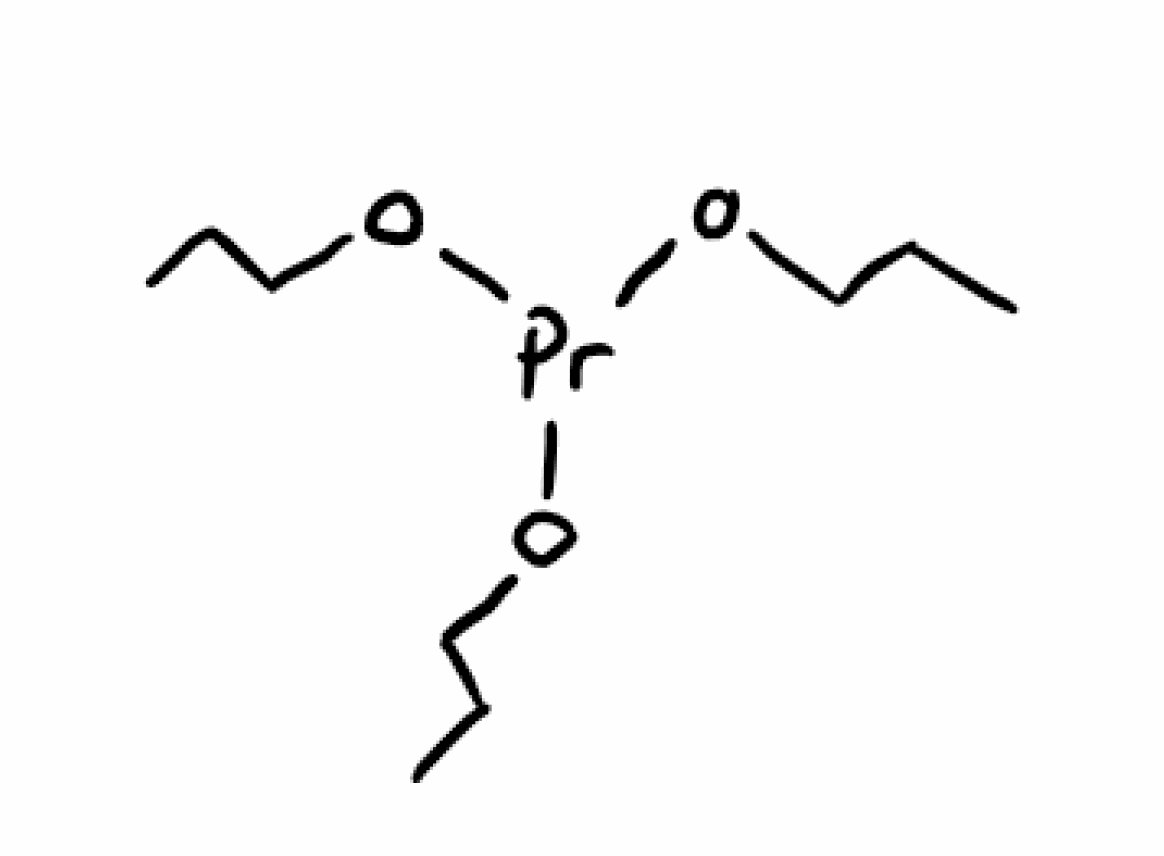
Simplified molecular-input line-entry system (SMILES) notation of the given molecule:
CCCO[Pr](OCCC)OCCC